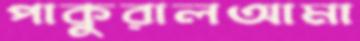
পাকুরালআমা